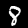
Label: 8